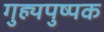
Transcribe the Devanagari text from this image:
गुह्यपुष्पक